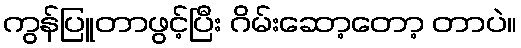
ကွန်ပြူတာဖွင့်ပြီး ဂိမ်းဆော့တော့ တာပဲ။